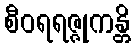
စီဝရရဇ္ဇုကန္တိ